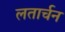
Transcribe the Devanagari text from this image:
लतार्चन